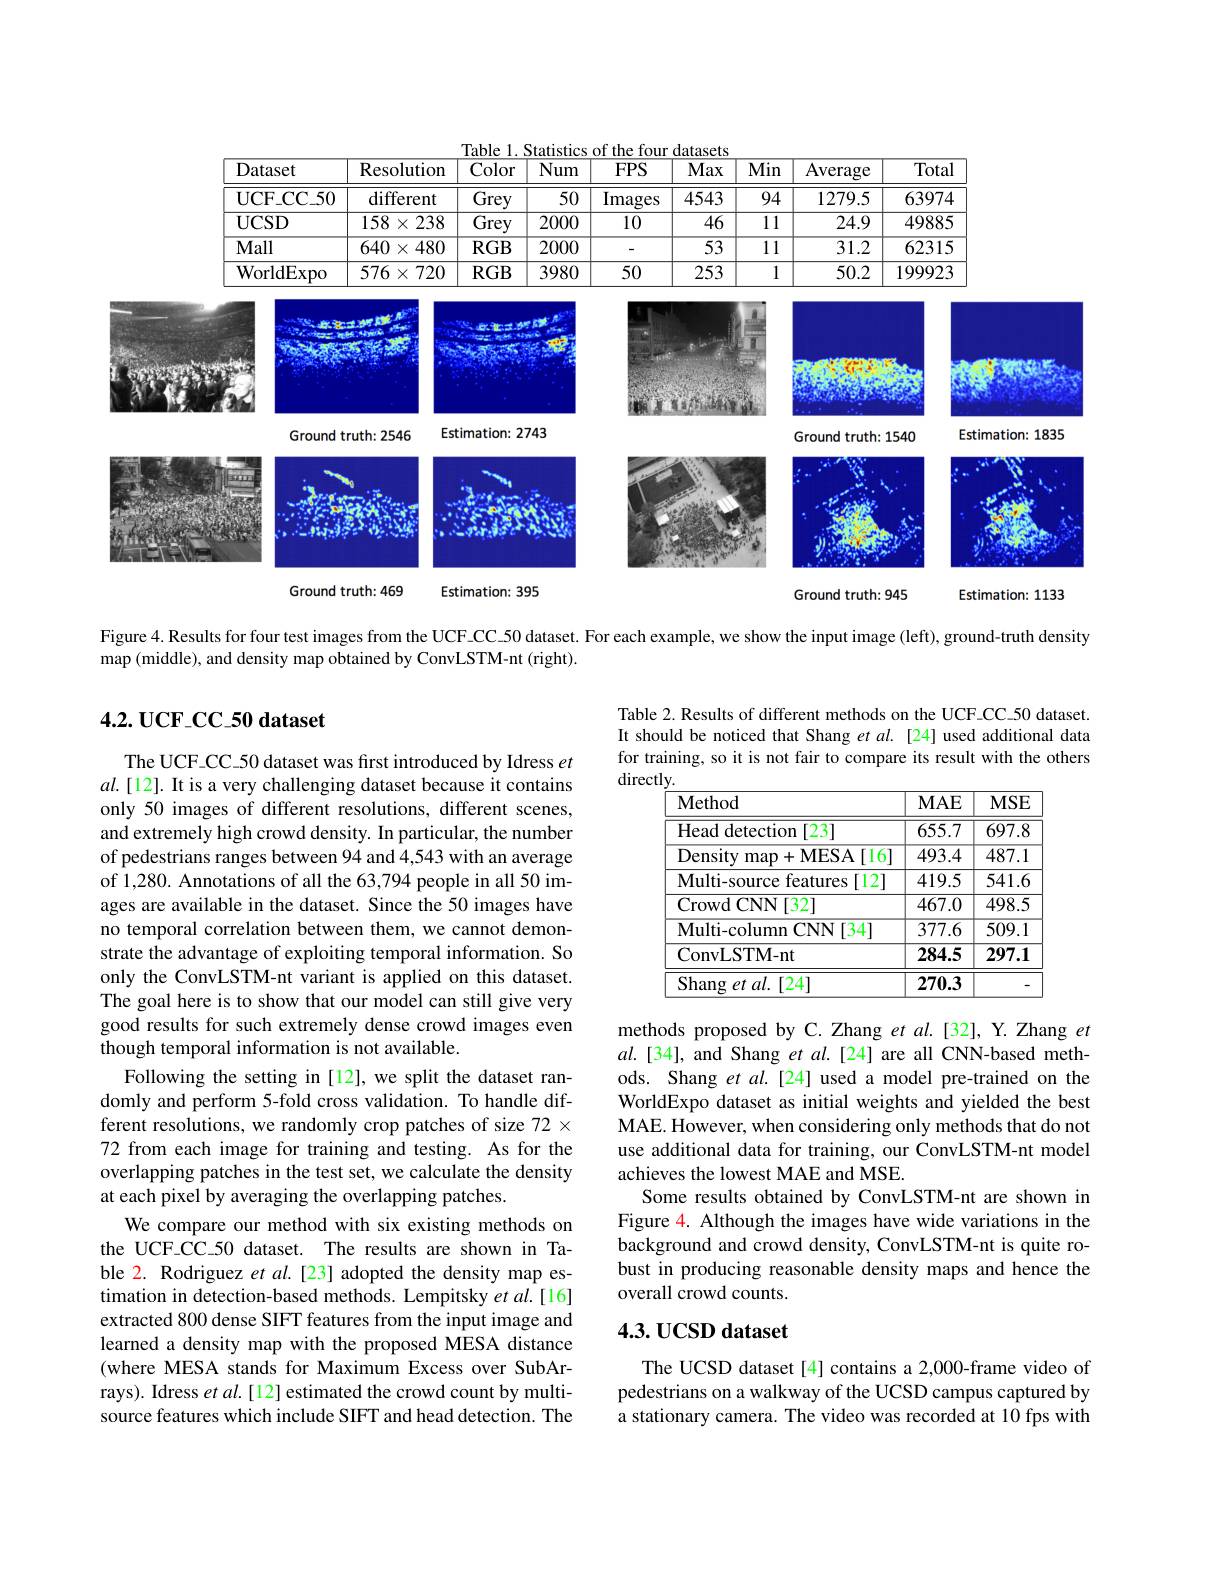
Table 1. Statistics of the four datasets
<table>
	<tbody>
		<tr>
			<th>Dataset</th>
			<th>Resolution</th>
			<th>Color</th>
			<th>Num</th>
			<th>$FPS$</th>
			<th>Max</th>
			<th>Min</th>
			<th>Average</th>
			<th>Tota</th>
		</tr>
		<tr>
			<td>$\mathbf{UCF\_CC\_50}$</td>
			<td>different</td>
			<td>Grey</td>
			<td>50</td>
			<td>Images</td>
			<td>4543</td>
			<td>94</td>
			<td>1279.5</td>
			<td>6397.</td>
		</tr>
		<tr>
			<td>$UCSD$</td>
			<td>158 $3\times2$ 238</td>
			<td>$\overline{\mathrm{Grey}}$</td>
			<td>2000</td>
			<td>10</td>
			<td>$\overline{46}$</td>
			<td>11</td>
			<td>24.9</td>
			<td>49885</td>
		</tr>
		<tr>
			<td>Mall</td>
			<td>640 $\times480$ </td>
			<td>$RGB$</td>
			<td>2000</td>
			<td> </td>
			<td>53</td>
			<td>11</td>
			<td>31.2</td>
			<td>6231:</td>
		</tr>
		<tr>
			<td>${\mathrm{WorldExpo}}$</td>
			<td>720 576 $\cdot X$</td>
			<td>$RGB$</td>
			<td>3980</td>
			<td>50</td>
			<td>253</td>
			<td>1</td>
			<td>50.2</td>
			<td>199923</td>
		</tr>
	</tbody>
</table>

<FigureHere>

Figure 4. Results for four test images from the UCF.CC\_50 dataset. For each example, we show the input image (left), ground-truth density

map (middle), and density map obtained by ConvLSTM-nt (right).

## $4. 2. \textbf{UCF\_ CC\_ 50 dataset}$

Table 2. Results of different methods on the UCF-CC-50 dataset. It should be noticed that Shang et al.[24] used additional data for training, so it is not fair to compare its result with the others directly

<table>
	<tbody>
		<tr>
			<th>Method</th>
			<th>$MAE$</th>
			<th>$MSE$</th>
		</tr>
		<tr>
			<td>Head detection [23]</td>
			<td>655.7</td>
			<td>697.8</td>
		</tr>
		<tr>
			<td>Density map+ MESA[ 16] </td>
			<td>493.4</td>
			<td>487.1</td>
		</tr>
		<tr>
			<td>Multi-source features [12]</td>
			<td>419.5</td>
			<td>541.6</td>
		</tr>
		<tr>
			<td>$\operatorname{Crowd}$CNN[32]</td>
			<td>467.0</td>
			<td>498.5</td>
		</tr>
		<tr>
			<td>Multi- column CNN[ 34] </td>
			<td>377.6</td>
			<td>509.1</td>
		</tr>
		<tr>
			<td>ConvLSTM- nt</td>
			<td>284.5</td>
			<td>297.1</td>
		</tr>
		<tr>
			<td>$\operatorname { Shang} \textit{et al. [ 24] }$</td>
			<td>270.3</td>
			<td> </td>
		</tr>
	</tbody>
</table>

The UCF CC-50 dataset was first introduced by Idress et $al.[12].$ It is a very challenging dataset because it contains only 50 images of different resolutions, different scenes, and extremely high crowd density. In particular, the number of pedestrians ranges between 94 and 4,543 with an average of $\hat{1},280.$ Annotations of all the 63,794 people in all 50 images are available in the dataset. Since the 50 images have no temporal correlation between them, we cannot demonstrate the advantage of exploiting temporal information. So only the ConvLSTM-nt variant is applied on this dataset. The goal here is to show that our model can still give very good results for such extremely dense crowd images even though temporal information is not available.
Following the setting in [12], we split the dataset randomly and perform 5-fold cross validation. To handle different resolutions, we randomly crop patches of size 72 x 72 from each image for training and testing. As for the overlapping patches in the test set, we calculate the density at each pixel by averaging the overlapping patches.
We compare our method with six existing methods on the UCF-CC-50 dataset. The results are shown in Table 2. Rodriguez et al.[23] adopted the density map estimation in detection-based methods. Lempitsky et al.[16] extracted 800 dense SIFT features from the input image and learned a density map with the proposed MESA distance (where MESA stands for Maximum Excess over SubArrays). Idress et $al.[12]$ estimated the crowd count by multisource features which include SIFT and head detection. The

methods proposed by C. Zhang et al.[32], Y. Zhang et $al.[34]$, and Shang et $al.[24]$ are all CNN-based methods. Shang et al.[24] used a model pre-trained on the WorldExpo dataset as initial weights and yielded the best MAE. However, when considering only methods that do not use additional data for training, our ConvLSTM-nt model achieves the lowest MAE and MSE.
Some results obtained by ConvLSTM-nt are shown in Figure 4. Although the images have wide variations in the background and crowd density, ConvLSTM-nt is quite robust in producing reasonable density maps and hence the overall crowd counts.

## 4.3. UCSD dataset

The UCSD dataset [4] contains a 2,000-frame video of pedestrians on a walkway of the UCSD campus captured by a stationary camera. The video was recorded at 10 fps with